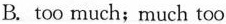
B.too much;much too